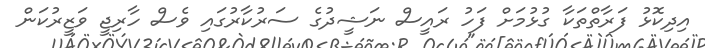
އިދިކޮޅު ފަރާތްތަކާ ގުޅުމަށް ފަހު ރައީސް ނަޝީދުގެ ސަރުކާރުގައި ވެސް ހާރިޖީ ވަޒީރުކަން